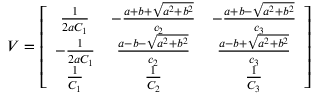
V = \left[ \begin{array} { c c c } { { \frac { 1 } { 2 a C _ { 1 } } } } & { { - \frac { a + b + \sqrt { a ^ { 2 } + b ^ { 2 } } } { c _ { 2 } } } } & { { - \frac { a + b - \sqrt { a ^ { 2 } + b ^ { 2 } } } { c _ { 3 } } } } \\ { { - \frac { 1 } { 2 a C _ { 1 } } } } & { { \frac { a - b - \sqrt { a ^ { 2 } + b ^ { 2 } } } { c _ { 2 } } } } & { { \frac { a - b + \sqrt { a ^ { 2 } + b ^ { 2 } } } { c _ { 3 } } } } \\ { { \frac { 1 } { C _ { 1 } } } } & { { \frac { 1 } { C _ { 2 } } } } & { { \frac { 1 } { C _ { 3 } } } } \end{array} \right]